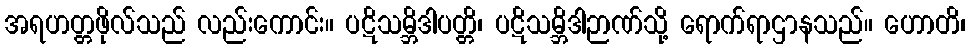
အရဟတ္တဖိုလ်သည် လည်းကောင်း။ ပဋိသမ္ဘိဒါပတ္တိ၊ ပဋိသမ္ဘိဒါဉာဏ်သို့ ရောက်ရာဌာနသည်။ ဟောတိ၊